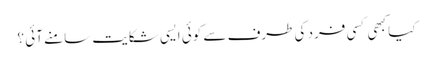
کیا کبھی کسی فرد کی طرف سے کوئی ایسی شکایت سامنے آئی ؟